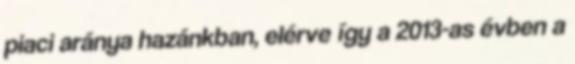
piaci aránya hazánkban, elérve így a 2013-as évben a